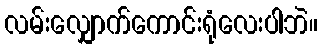
လမ်းလျှောက်ကောင်းရုံလေးပါဘဲ။